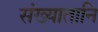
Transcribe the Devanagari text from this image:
संख्यातानि